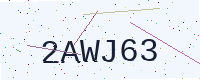
Text: 2AWJ63